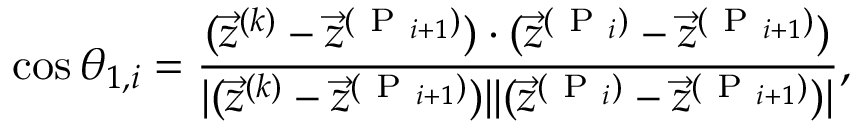
\cos \theta _ { 1 , i } = \frac { ( \vec { z } ^ { ( k ) } - \vec { z } ^ { ( \mathrm { ~ P ~ } _ { i + 1 } ) } ) \cdot ( \vec { z } ^ { ( \mathrm { ~ P ~ } _ { i } ) } - \vec { z } ^ { ( \mathrm { ~ P ~ } _ { i + 1 } ) } ) } { | ( \vec { z } ^ { ( k ) } - \vec { z } ^ { ( \mathrm { ~ P ~ } _ { i + 1 } ) } ) | | ( \vec { z } ^ { ( \mathrm { ~ P ~ } _ { i } ) } - \vec { z } ^ { ( \mathrm { ~ P ~ } _ { i + 1 } ) } ) | } ,